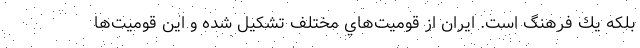
بلكه يك فرهنگ است. ايران از قوميت‌هاي مختلف تشكيل شده و اين قوميت‌ها